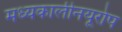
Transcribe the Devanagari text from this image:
मध्यकालीनयूरोप